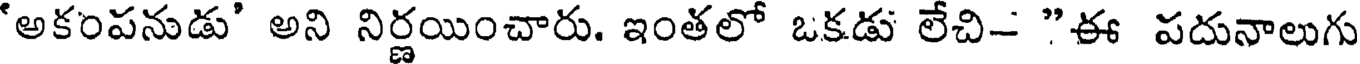
'అకంపనుడు' అని నిర్ణయించారు. ఇంతలో ఒకడు లేచి- "ఈ పదునాలుగు